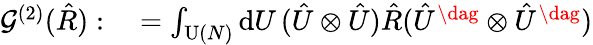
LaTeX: \begin{array}{rl}{\mathcal{G}^{(2)}(\hat{R}):}&{{}=\int_{\operatorname{U}(N)}\mathrm{d}U\, (\hat{U}\otimes\hat{U})\hat{R}(\hat{U}^{\dag}\otimes\hat{U}^{\dag})}\end{array}